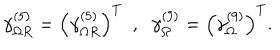
\gamma _ { \Omega R } ^ { ( 5 ) } = \left( \gamma _ { \Omega R } ^ { ( 5 ) } \right) ^ { T } \, \, \, , \, \, \ \gamma _ { \Omega } ^ { ( 9 ) } = \left( \gamma _ { \Omega } ^ { ( 9 ) } \right) ^ { T } .